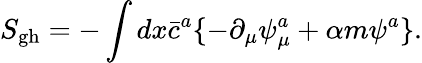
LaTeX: S_{\mathrm{gh}}=-\int dx\bar{c}^{a}\{ -\partial_{\mu}\psi_{\mu}^{a}+\alpha m\psi^{a}\} .